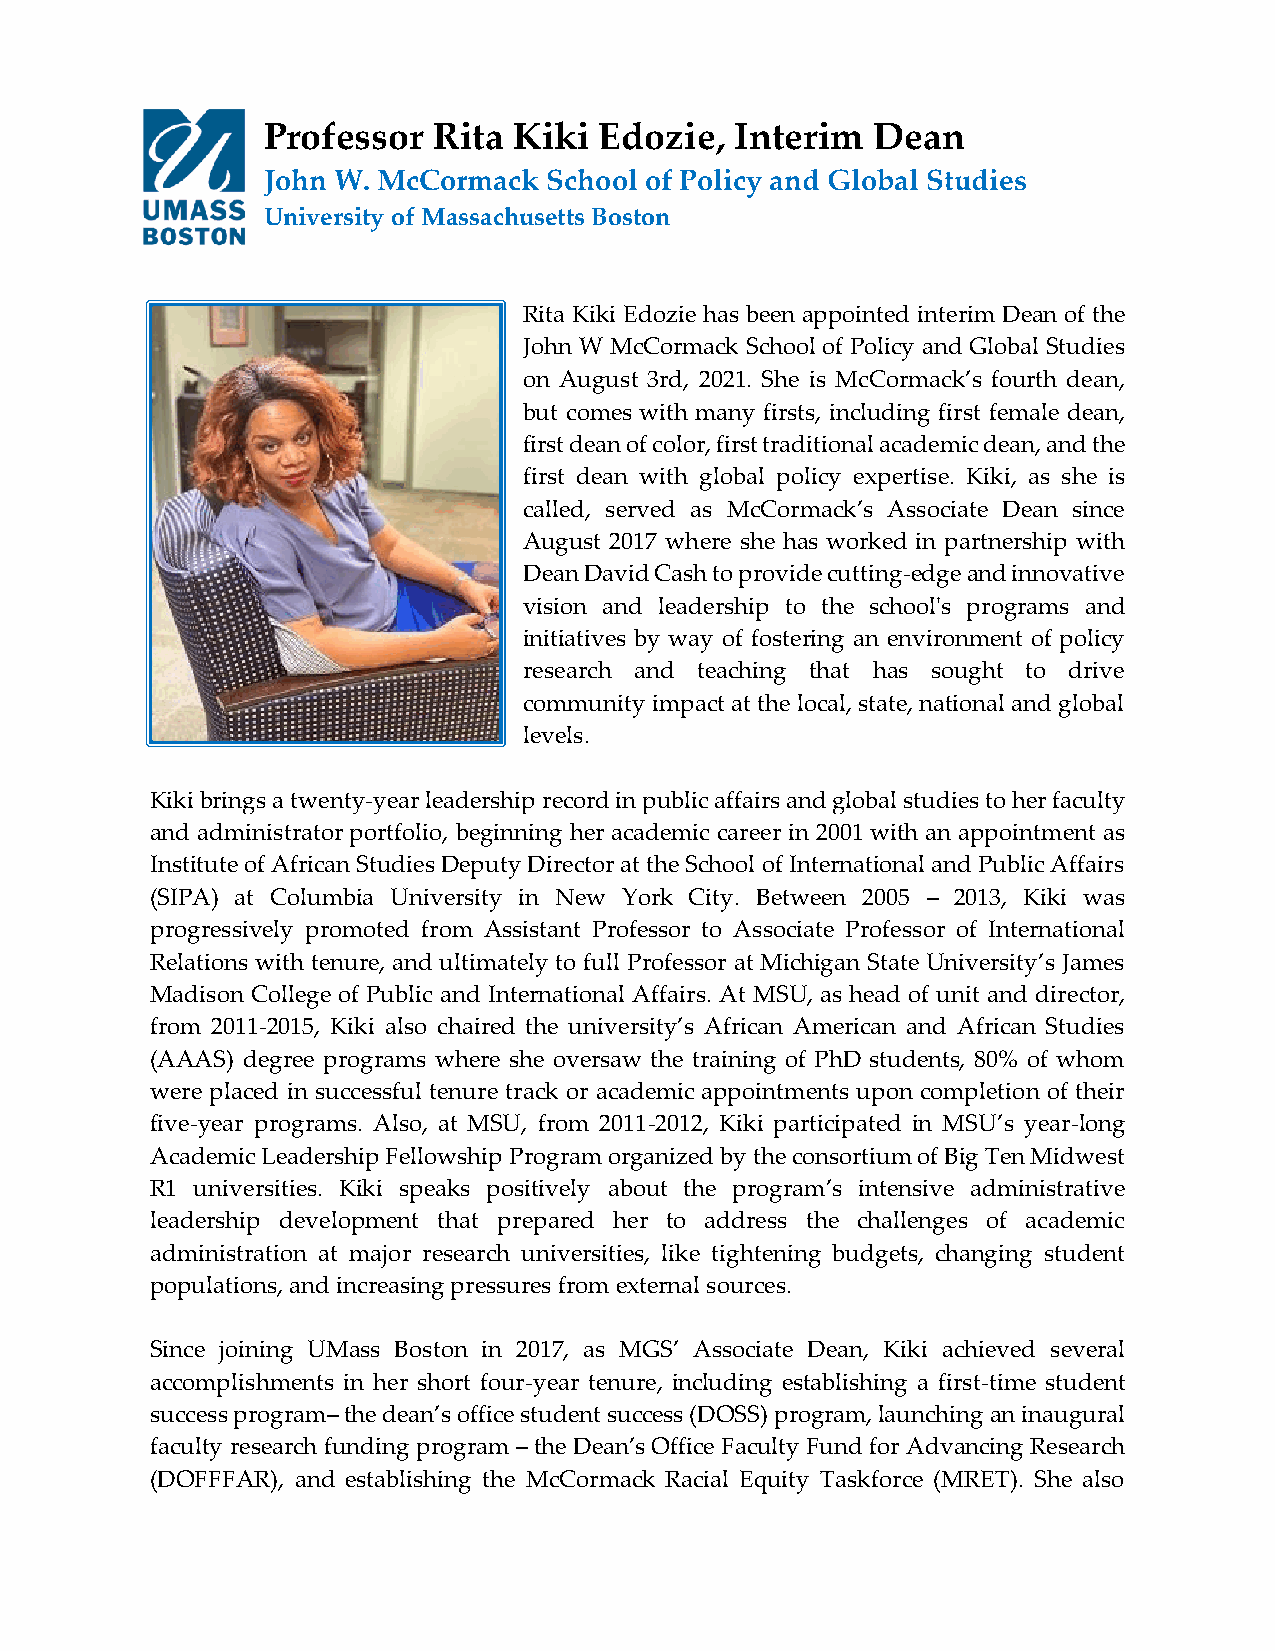
Professor   Rita Kiki  Edozie,  Interim  Dean
 John W. McCormack  School of Policy and Global Studies
 University of Massachusetts Boston
 Rita Kiki Edozie has been appointed interim Dean of the
 John W McCormack School of Policy and Global Studies
 on August 3rd, 2021. She is McCormack’s fourth dean,
 but comes with many firsts, including first female dean,
 first dean of color, first traditional academic dean, and the
 first dean with global policy expertise. Kiki, as she is
 called, served as McCormack’s Associate Dean since
 August 2017 where she has worked in partnership with
 Dean David Cash to provide cutting-edge and innovative
 vision and leadership to the school's programs and
 initiatives by way of fostering an environment of policy
 research and teaching that has sought to drive
 community impact at the local, state, national and global
 levels.
 Kiki brings a twenty-year leadership record in public affairs and global studies to her faculty
 and administrator portfolio, beginning her academic career in 2001 with an appointment as
 Institute of African Studies Deputy Director at the School of International and Public Affairs
 (SIPA) at Columbia University in New York City. Between 2005 – 2013, Kiki was
 progressively promoted from Assistant Professor to Associate Professor of International
 Relations with tenure, and ultimately to full Professor at Michigan State University’s James
 Madison College of Public and International Affairs. At MSU, as head of unit and director,
 from 2011-2015, Kiki also chaired the university’s African American and African Studies
 (AAAS) degree programs where she oversaw the training of PhD students, 80% of whom
 were placed in successful tenure track or academic appointments upon completion of their
 five-year programs. Also, at MSU, from 2011-2012, Kiki participated in MSU’s year-long
 Academic Leadership Fellowship Program organized by the consortium of Big Ten Midwest
 R1 universities. Kiki speaks positively about the program’s intensive administrative
 leadership development that prepared her to address the challenges of academic
 administration at major research universities, like tightening budgets, changing student
 populations, and increasing pressures from external sources.
 Since joining UMass Boston in 2017, as MGS’ Associate Dean, Kiki achieved several
 accomplishments in her short four-year tenure, including establishing a first-time student
 success program– the dean’s office student success (DOSS) program, launching an inaugural
 faculty research funding program – the Dean’s Office Faculty Fund for Advancing Research
 (DOFFFAR), and establishing the McCormack Racial Equity Taskforce (MRET). She also